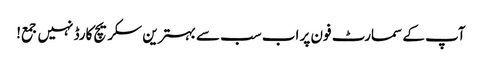
آپ کے سمارٹ فون پر اب سب سے بہترین سکریچ کارڈ نہیں جمع!